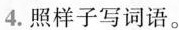
4.照样子写词语